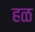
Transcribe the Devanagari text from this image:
हळ